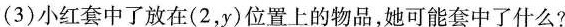
(3)小红套中了放在(2，y)位置上的物品，她可能套中了什么?